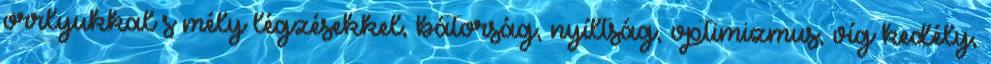
orrlyukkal s mély légzésekkel, bátorság, nyíltság, optimizmus, víg kedély,